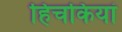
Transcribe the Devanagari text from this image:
हिचकियां